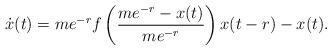
LaTeX: \begin{align*}\dot{x}(t)=me^{-r}f\left(\frac{me^{-r}-x(t)}{me^{-r}}\right)x(t-r)-x(t).\end{align*}